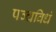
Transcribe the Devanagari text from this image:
पञ्चविधं